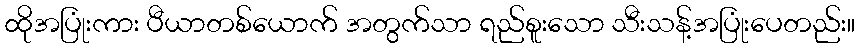
ထိုအပြုံးကား ပီယာတစ်ယောက် အတွက်သာ ရည်စူးသော သီးသန့်အပြုံးပေတည်း။